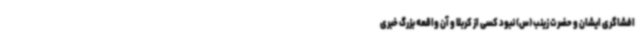
افشاگری ایشان و حضرت زینب (س) نبود کسی از کربلا و آن واقعه بزرگ خبری